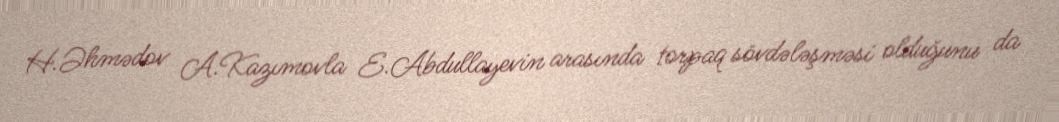
H.Əhmədov A.Kazımovla E.Abdullayevin arasında torpaq sövdələşməsi olduğunu da